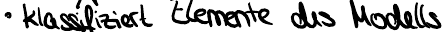
klassifiziert Elemente des Modells